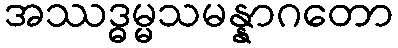
အဿဒ္ဓမ္မသမန္နာဂတော